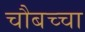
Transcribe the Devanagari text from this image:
चौबच्चा